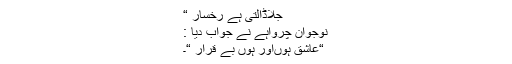
جلاڈالتی ہے رخسار “
نوجوان چرواہے نے جواب دیا :
“عاشق ہوںاور ہوں بے قرار “۔